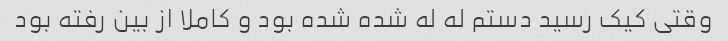
وقتی کیک رسید دستم له له شده شده بود و کاملا از بین رفته بود